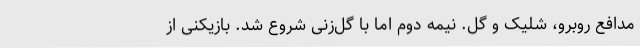
مدافع روبرو، شلیک و گل. نیمه دوم اما با گل‌زنیِ شروع شد. بازیکنی از